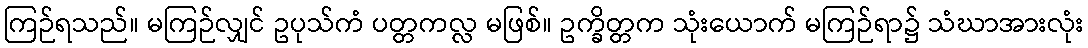
ကြဉ်ရသည်။ မကြဉ်လျှင် ဥပုသ်ကံ ပတ္တကလ္လ မဖြစ်။ ဥက္ခိတ္တက သုံးယောက် မကြဉ်ရာ၌ သံဃာအားလုံး